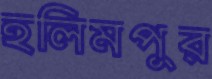
হলিমপুর